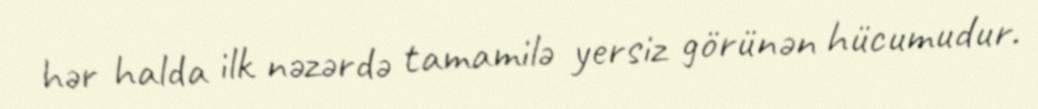
hər halda ilk nəzərdə tamamilə yersiz görünən hücumudur.